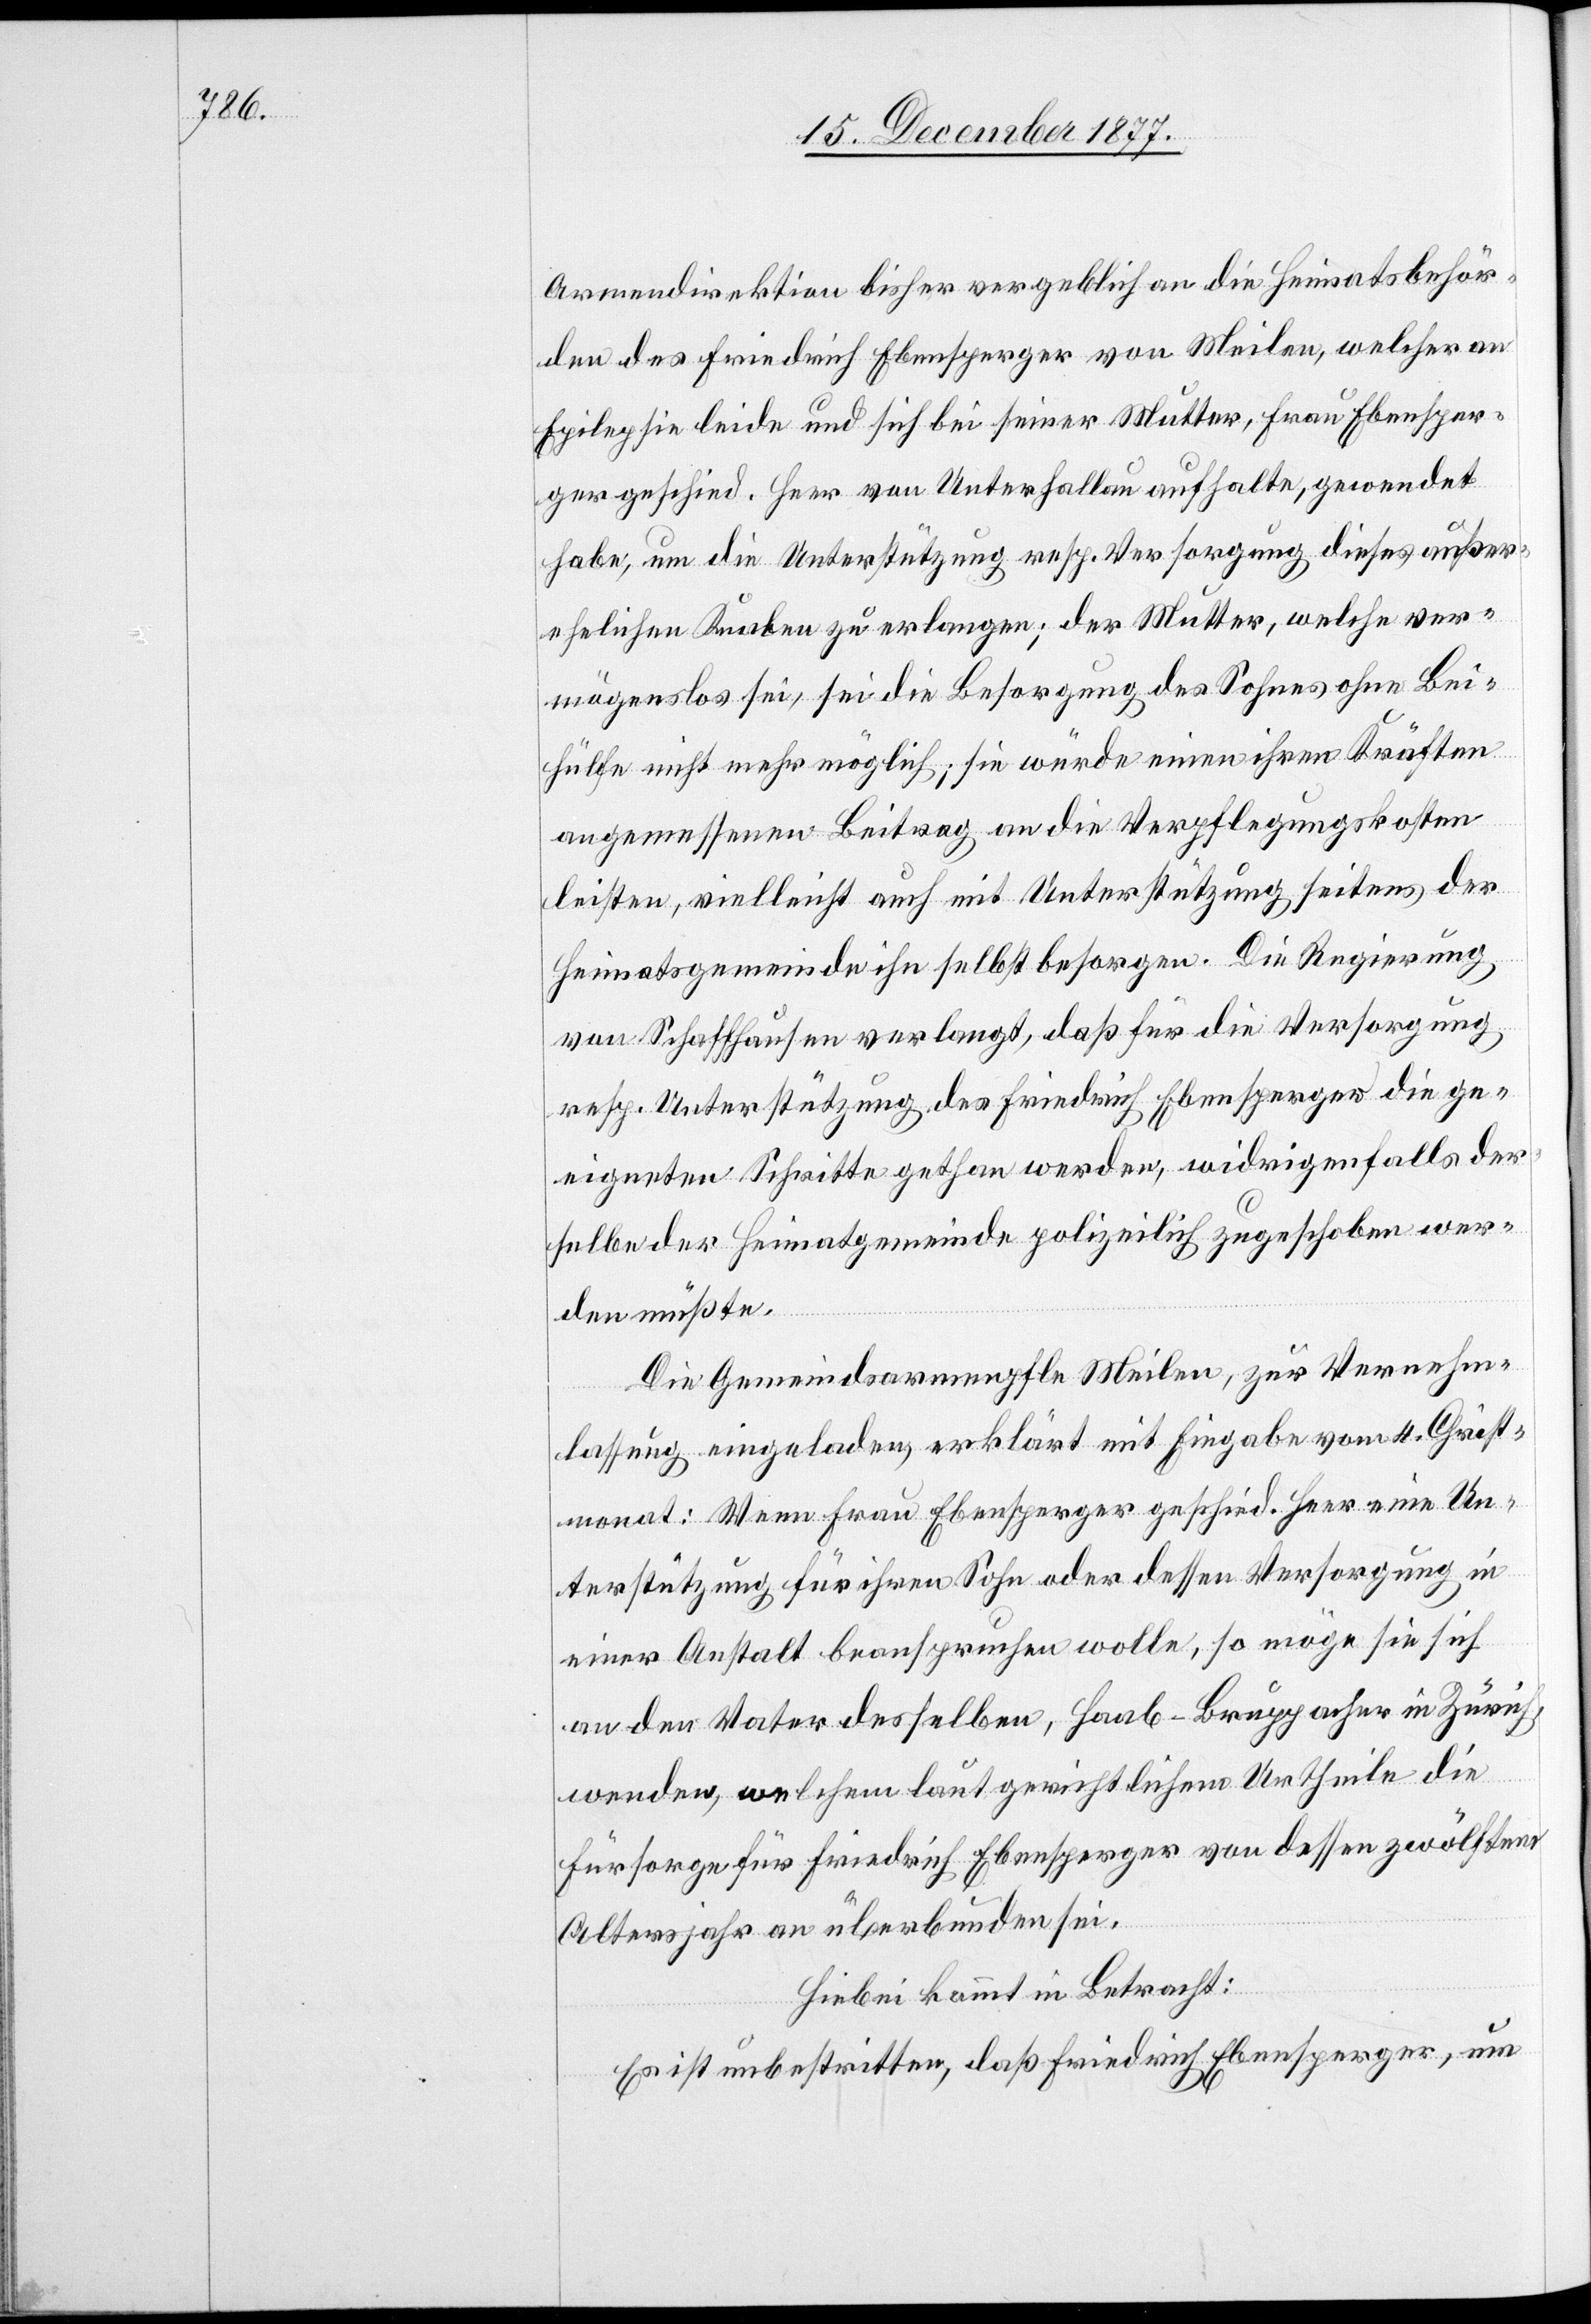
Armendirektion bisher vergeblich an die Heimatsbehör¬
den des Friedrich Ebensperger von Meilen, welcher an
Epilepsie leide und sich bei seiner Mutter, Frau Ebensper¬
ger geschied. Heer von Unterhallau aufhalte, gewendet
habe, um die Unterstützung resp. Versorgung dieses außer¬
ehelichen Knaben zu erlangen; der Mutter, welche ver¬
mögenslos sei, sei die Besorgung des Sohnes ohne Bei¬
hülfe nicht mehr möglich; sie würde einen ihren Kräften
angemessenen Beitrag an die Verpflegungskosten
leisten, vielleicht auch mit Unterstützung seitens der
Heimatsgemeinde ihn selbst besorgen. Die Regierung
von Schaffhausen verlangt, daß für die Versorgung
resp. Unterstützung des Friedrich Ebensperger die ge¬
eigneten Schritte gethan werden, widrigenfalls der¬
selbe der Heimatgemeinde polizeilich zugeschoben wer¬
den müßte.
Die Gemeindsarmenpfle[ge] Meilen, zur Vernehm¬
lassung eingeladen, erklärt mit Eingabe vom 4. Christ¬
monat: Wenn Frau Ebensperger geschied. Heer eine Un¬
terstützung für ihren Sohn oder dessen Versorgung in
einer Anstalt beanspruchen wolle, so möge sie sich
an den Vater desselben, Haab-Bruppacher in Zürich,
wenden, welchem laut gerichtlichem Urtheile die
Fürsorge für Friedrich Ebensperger von dessen zwölftem
Altersjahr an überbunden sei.
Hiebei kommt in Betracht:
Es ist unbestritten, daß Friedrich Ebensperger, um